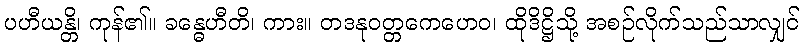
ပဟီယန္တိ၊ ကုန်၏။ ခန္ဓေဟီတိ၊ ကား။ တဒနုဝတ္တကေဟေဝ၊ ထိုဒိဋ္ဌိသို့ အစဉ်လိုက်သည်သာလျှင်